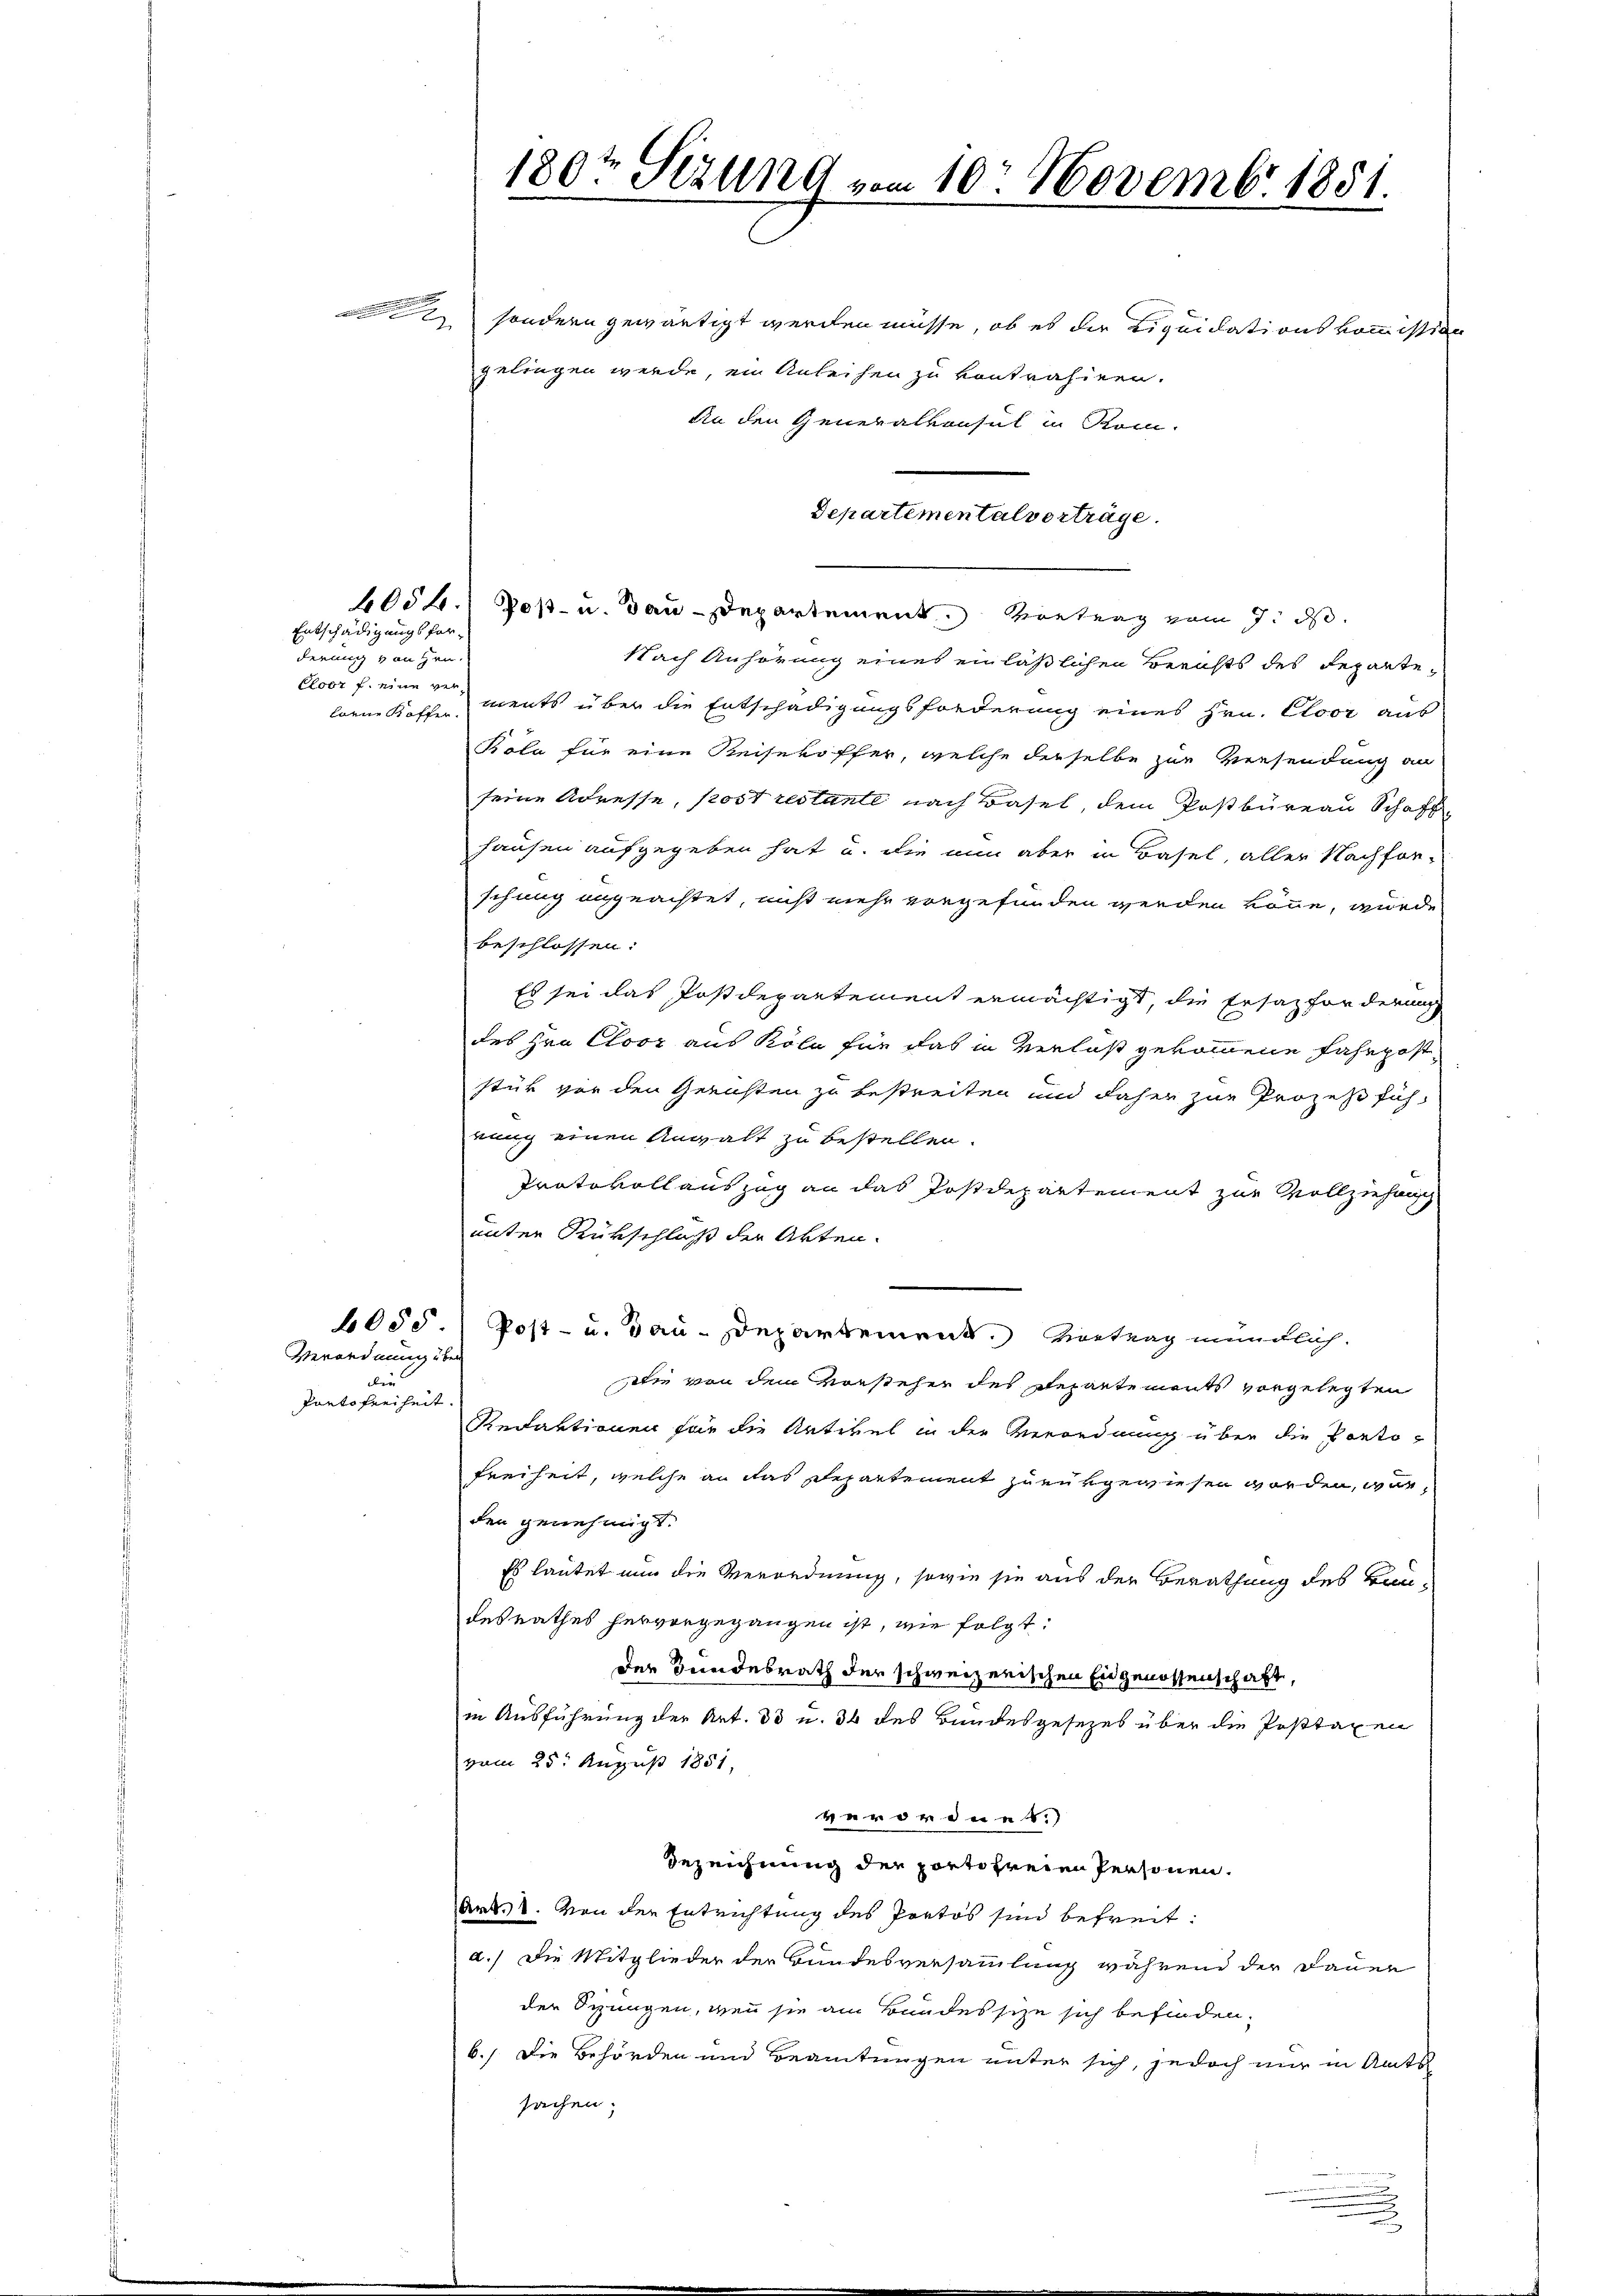
.

Entschädigungsforderung von Hrn.
Eloor f. eine ver-

Verordnung über
der
Panto freiheit.

sondern gewärtigt werden müsse, ob es der Liquidationskommission
gelingen werde, ein Anleihen zu kontrahiren.
An den Generalkonsul in Rom.
6054. Post- u. Bau-Departement. Vortrag vom 7. ds.
Nach Anhörung eines einläßlichen Berichts des Repartelorne Koffen ments über die Entschädigungsforderung eines Hrn. Cloor aus
Köla für eine Reisekoffer, welche derselbe zur Versendung an
seine Adresse, Post restante nach Basel, dem Postbüreau Schaft
hausen aufgegeben hat u. die nun aber in Basel, aller Nachforschung angeachtet, nicht mehr vorgefunden werden könne, wurde
beschlossen:
Es sei das Postdepartement ermächtigt, die Ersatzforderung
des Hrn. Cloor aus Köln für das in Verlaß gekommene Fahrpost-
stük vor den Gerüsten zu bestreiten und daher zur Prozeßfüh-
rung einen Anwalt zu bestellen
Protokollauszug an das Postdepartement zur Vollziehung
unter Rükschluß der Akten.
6055.) Post- u. Gau-Departement. Vortrag mündlich.
Die von dem Vorsteher des Departements vorgelegten
Redaktionen für die Artikel in der Verordnung über die Ponto-
Freiheit, welche an das Departement zu entgewiesen worden, wie
den genehmigt.
Es lautet nun die Verordnung, sowie sie aus der Berathung des Baudesrathes hervorgegangen ist, wie folgt:
Der Bundesrath der schweizerischen Eidgenossenschaft,
in Ausführung der Art. 38 u. 34 des Bundesgesezes über die Posttaxen
vom 25t August 1851,
verordnet.)
Bezeichnung der portofreien Personen.
Art. 1. Von der Entrichtung des Portos sind befreit:
a.) Die Mitglieder der Bundesversammlung während der Dauer
der Stungen, wenn sie am Bundessize sich befinden.
6.) Die Behörden und Beamtungen unter sich, jedoch nur in Amts
sachen.

i

180t Sezung vom 10. Novembr 1851.

Departementalvorträge.